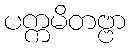
ပက္ကမိတဗ္ဗာ